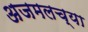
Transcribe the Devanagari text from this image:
अजमलच्या